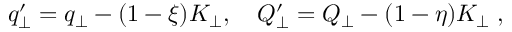
q _ { \perp } ^ { \prime } = q _ { \perp } - ( 1 - \xi ) K _ { \perp } , \quad Q _ { \perp } ^ { \prime } = Q _ { \perp } - ( 1 - \eta ) K _ { \perp } \; , \nonumber